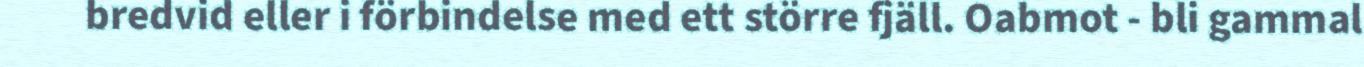
bredvid eller i förbindelse med ett större fjäll. Oabmot - bli gammal